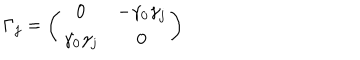
\Gamma _ { j } = \left( \begin{array} { c c } { { 0 } } & { { - \gamma _ { 0 } \gamma _ { j } } } \\ { { \gamma _ { 0 } \gamma _ { j } } } & { { 0 } } \\ \end{array} \right)